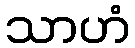
သာဟံ